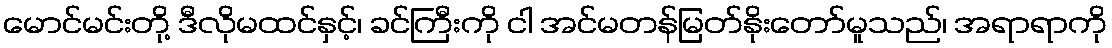
မောင်မင်းတို့ ဒီလိုမထင်နှင့်၊ ခင်ကြီးကို ငါ အင်မတန်မြတ်နိုးတော်မူသည်၊ အရာရာကို